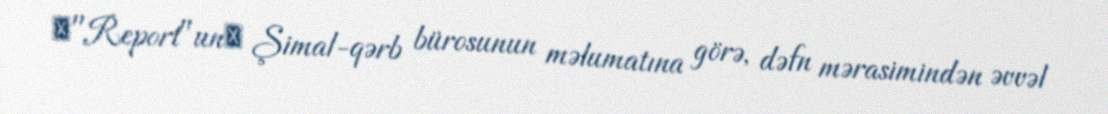
​"Report"un​ Şimal-qərb bürosunun məlumatına görə, dəfn mərasimindən əvvəl